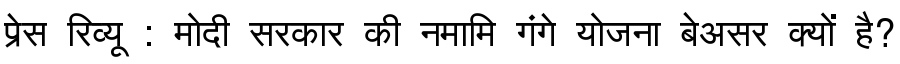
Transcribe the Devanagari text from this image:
प्रेस रिव्यू : मोदी सरकार की नमामि गंगे योजना बेअसर क्यों है?